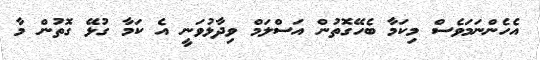
އެހެންނަމަވެސް މިކަމާ ބެހޭގޮތުން އަސްލަމް ވިދާޅުވަނީ އެ ކަމާ ގުޅޭ ގޮތުން މާ